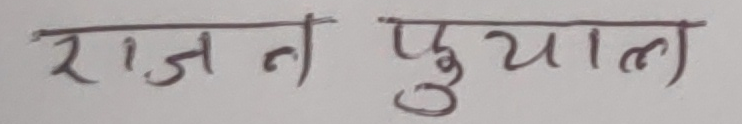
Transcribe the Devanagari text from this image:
राजन फुयाल